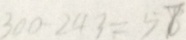
3 0 0 - 2 4 3 = 5 7